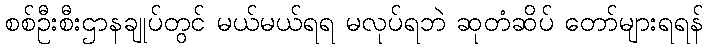
စစ်ဦးစီးဌာနချုပ်တွင် မယ်မယ်ရရ မလုပ်ရဘဲ ဆုတံဆိပ် တော်များရရန်